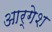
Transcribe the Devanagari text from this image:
आर्गेश